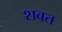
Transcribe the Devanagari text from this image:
शबत